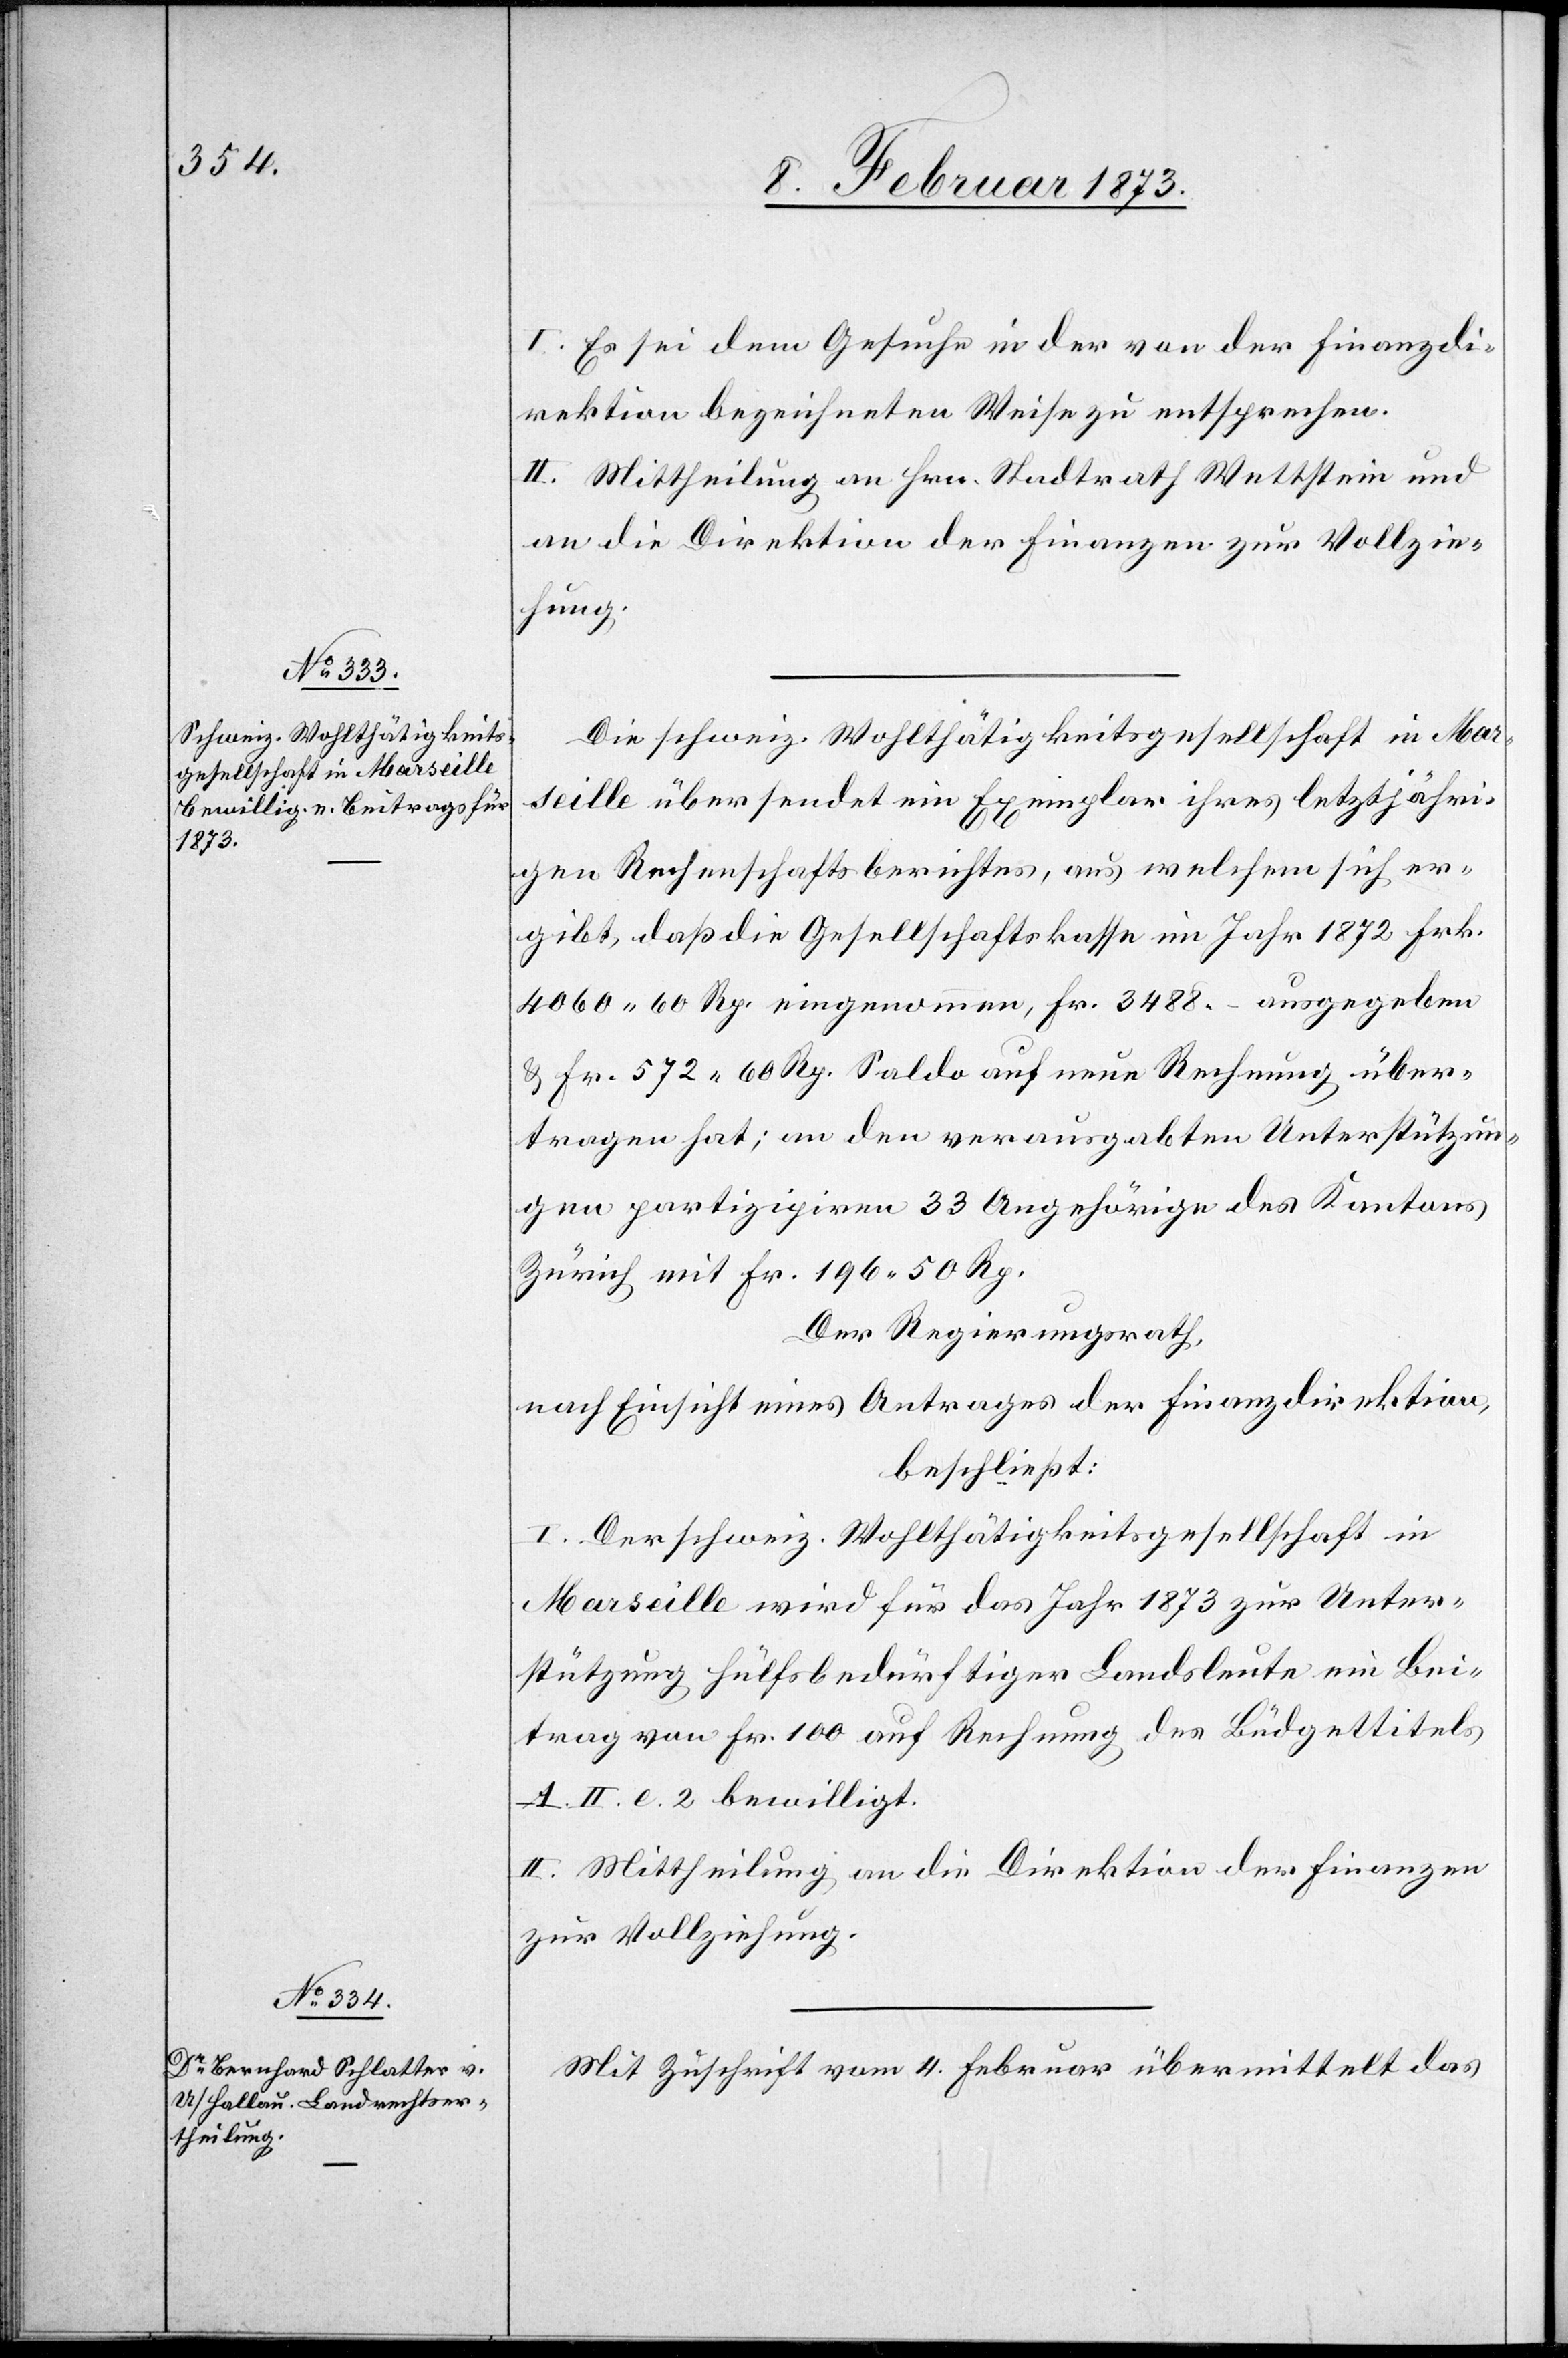
I. Es sei dem Gesuche in der von der Finanzdi¬
rektion bezeichneten Weise zu entsprechen.
II. Mittheilung an Hrn. Stadtrath Wettstein und
an die Direktion der Finanzen zur Vollzie¬
hung.
Die schweiz. Wohlthätigkeitsgesellschaft in Mar¬
seille übersendet ein Exemplar ihres letztjähri¬
gen Rechenschaftsberichtes, aus welchem sich er¬
gibt, daß die Gesellschaftskasse im Jahr 1872 Fr.
übertragen hat; an den verausgabten Unterstützun¬
gen partizipiren 33 Angehörige des Kantons
Zürich mit Fr. 196.50 Rp.
Der Regierungsrath,
nach Einsicht eines Antrages der Finanzdirektion,
beschließt:
I. Der schweiz. Wohlthätigkeitsgesellschaft in
Marseille wird für das Jahr 1873 zur Unter¬
stützung hülfsbedürftiger Landsleute ein Bei¬
trag von Fr. 100 auf Rechnung des Budgettitels
A. II. l. 2 bewilligt.
II. Mittheilung an die Direktion der Finanzen
zur Vollziehung.
Mit Zuschrift vom 4. Februar übermittelt das